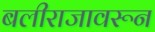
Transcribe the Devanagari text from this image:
बलीराजावरून